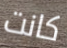
كانت